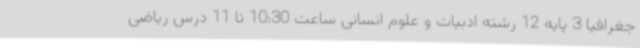
جغرافیا 3 پایه 12 رشته ادبیات و علوم انسانی ساعت 10:30 تا 11 درس ریاضی